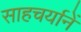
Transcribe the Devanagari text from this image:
साहचर्यानें